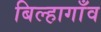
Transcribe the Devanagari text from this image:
बिल्हागाँव